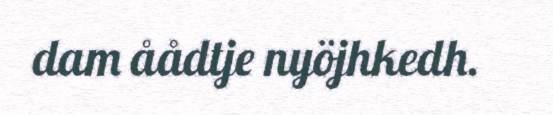
dam åådtje nyöjhkedh.